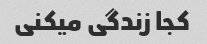
کجا زندگی میکنی